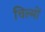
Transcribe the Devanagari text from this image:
चिल्मों